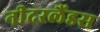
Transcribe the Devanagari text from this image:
नीदरलैंडस